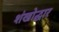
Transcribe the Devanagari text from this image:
शंखोद्धार